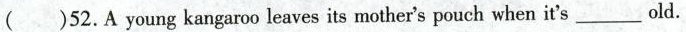
( )52.A young kangaroo leaves its mother's pouch when it's ___ old.